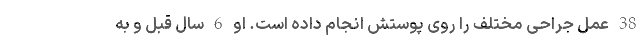
38 عمل جراحی مختلف را روی پوستش انجام داده است. او 6 سال قبل و به